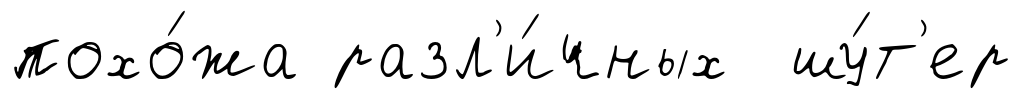
похо́жа разл'и́чных шу́т'ер